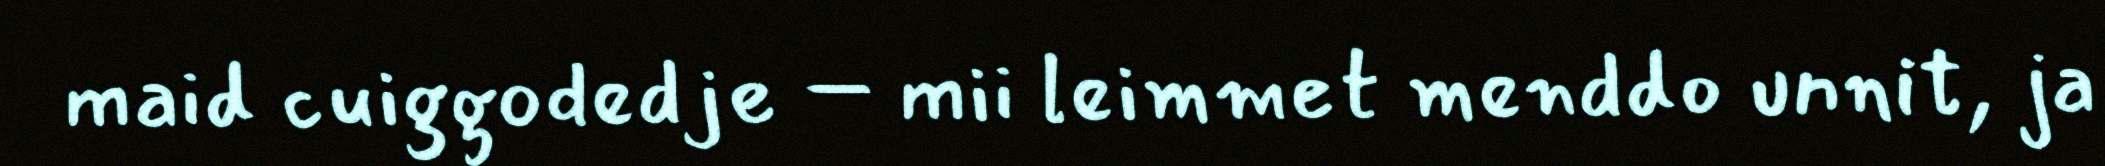
maid cuiggodedje – mii leimmet menddo unnit, ja